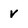
Character: v